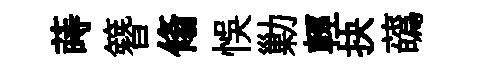
蒔簪翛悞勦輕抉蘤